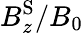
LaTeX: {B}_{z}^{\mathrm{S}}/B_{0}